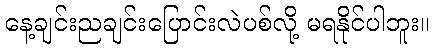
နေ့ချင်းညချင်းပြောင်းလဲပစ်လို့ မရနိုင်ပါဘူး။